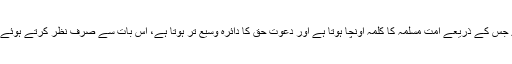
مزید یہ کہ وہ ایسے عام نفع کے منصوبوں میں اپنا حصہ ادا کرے جس کے ذریعے اُمت مسلمہ کا کلمہ اُونچا ہوتا ہے اور دعوتِ حق کا دائرہ وسیع تر ہوتا ہے، اس بات سے صرفِ نظر کرتے ہوئے کہ اس کو ادایگی زکوٰۃ سے کوئی شخصی نفع پہنچتا ہے یا نہیں ۔